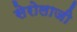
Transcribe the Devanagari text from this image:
सेरोलाजी